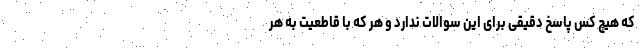
که هیچ کس پاسخ دقیقی برای این سوالات ندارد و هر که با قاطعیت به هر